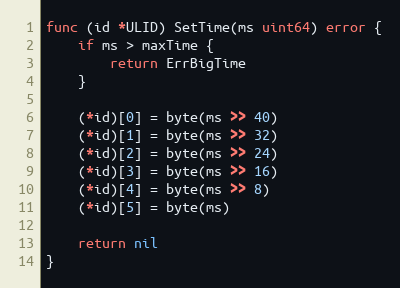
Language: Go
func (id *ULID) SetTime(ms uint64) error {
	if ms > maxTime {
		return ErrBigTime
	}

	(*id)[0] = byte(ms >> 40)
	(*id)[1] = byte(ms >> 32)
	(*id)[2] = byte(ms >> 24)
	(*id)[3] = byte(ms >> 16)
	(*id)[4] = byte(ms >> 8)
	(*id)[5] = byte(ms)

	return nil
}